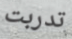
تدربت